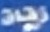
زقاق